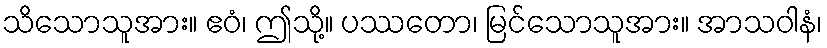
သိသောသူအား။ ဧဝံ၊ ဤသို့။ ပဿတော၊ မြင်သောသူအား။ အာသဝါနံ၊